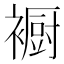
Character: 𮖳